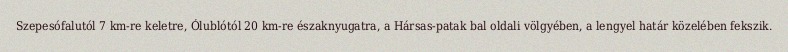
Szepesófalutól 7 km-re keletre, Ólublótól 20 km-re északnyugatra, a Hársas-patak bal oldali völgyében, a lengyel határ közelében fekszik.